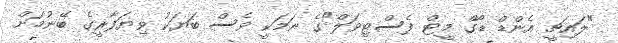
"ލައިޗީ އެންޑް ޑޯގް މީޓް ފެސްޓިވަލް"ގެ ނަމަކީ ވެސް ބަޔަކު ވިޔަފާރީގެ ބޭނުމަށް